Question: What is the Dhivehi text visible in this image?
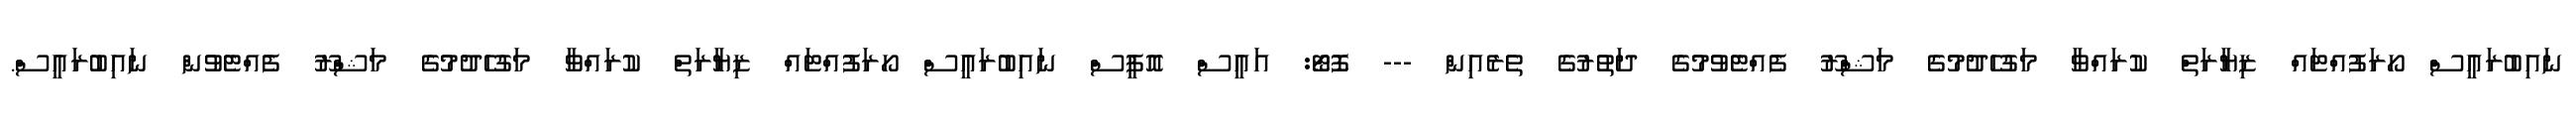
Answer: ނައިބުރައީސް ހޯރަފުއްޓައް ޒިޔާރަތް ކުރައްވާ މަގުހެދުމުގެ މަޝްރޫ ފެއްޓެވުމުގެ ދަތުރުގެ ތެރެއިން --- ފޮޓޯ: އައީސް އޮފީސް ނައިބުރައީސް ހޯރަފުއްޓައް ޒިޔާރަތް ކުރައްވާ މަގުހެދުމުގެ މަޝްރޫ ފެއްޓެވުން ނައިބުރައީސް.